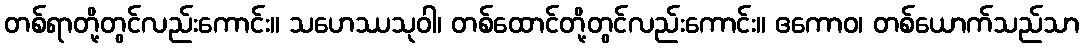
တစ်ရာတို့တွင်လည်းကောင်း။ သဟေဿသုဝါ၊ တစ်ထောင်တို့တွင်လည်းကောင်း။ ဧကောဝ၊ တစ်ယောက်သည်သာ